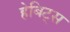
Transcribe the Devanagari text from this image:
हेबिट्स